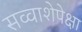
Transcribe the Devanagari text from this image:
सव्‍वाशेपेक्षा